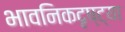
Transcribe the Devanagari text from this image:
भावनिकदृष्‍ट्या